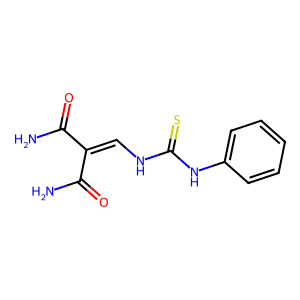
SMILES: NC(=O)C(=CNC(=S)Nc1ccccc1)C(N)=O
Inhibits HIV replication: No